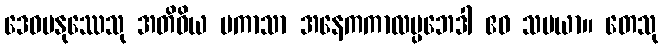
ဒေဝမနုဿေသု အတိဝိယ ပကာသာ အနေကကာလပ္ပဘေဒါ ဧဝ သမယာ။ တေသု